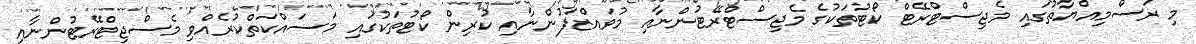
މި ރަސްމިއްޔާތުގައި މެޖިސްޓްރޭޓް ކޯޓުތަކުގެ މެޖިސްޓްރޭޓުންނާއި މުވައްޒަފުންނާއި ކުރިން ކޯޓުތަކުގައި މަސައްކަތްކުރެއްވި މެސްޖިޓްރޭޓުންނާއި